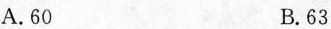
A.60 B.63